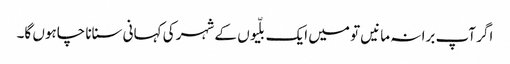
اگر آپ برا نہ مانیں تو میں ایک بلّیوں کے شہر کی کہانی سنانا چاہوں گا۔